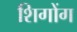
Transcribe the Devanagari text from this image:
शिगोंग